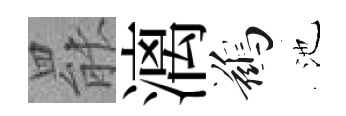
罷漓鷀池